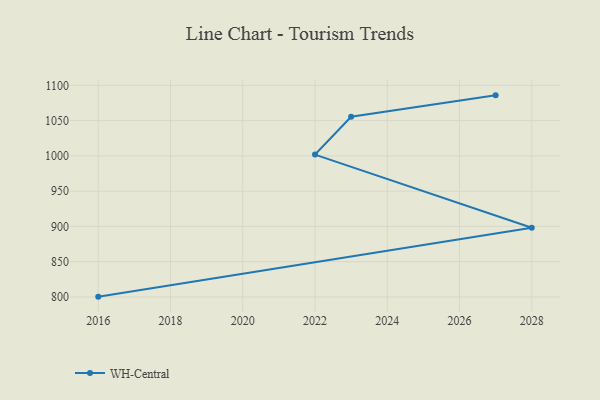
{"axis": {"x": "Year", "y": "Latency (ms)"}, "legend": ["WH-Central"], "data": [{"x": "2027", "y": 1085.8, "type": "WH-Central"}, {"x": "2023", "y": 1055.4, "type": "WH-Central"}, {"x": "2022", "y": 1001.8, "type": "WH-Central"}, {"x": "2028", "y": 898.0, "type": "WH-Central"}, {"x": "2016", "y": 800.4, "type": "WH-Central"}]}